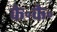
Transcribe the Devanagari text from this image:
के॰के॰